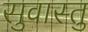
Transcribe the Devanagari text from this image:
सुवास्तु